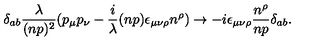
\delta _ { a b } { \frac { \lambda } { ( n p ) ^ { 2 } } } ( p _ { \mu } p _ { \nu } - { \frac { i } { \lambda } } ( n p ) \epsilon _ { \mu \nu \rho } n ^ { \rho } ) \rightarrow - i \epsilon _ { \mu \nu \rho } { \frac { n ^ { \rho } } { n p } } \delta _ { a b } .